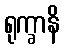
ရုက္ခာနိ